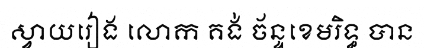
ស្វាយរៀង លោក គង់ ច័ន្ទខេមរិទ្ធ បាន